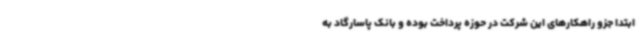
ابتدا جزو راهکارهای این شرکت در حوزه پرداخت بوده و بانک پاسارگاد به